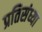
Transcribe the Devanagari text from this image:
प्रतिसंध्या